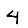
Digit: 4